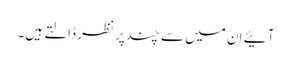
آئیے ان میں سے چند پر نظر ڈالتے ہیں۔